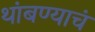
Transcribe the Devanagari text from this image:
थांबण्याचं